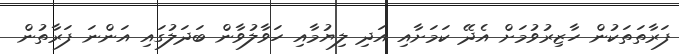
ފަރާތަތަކުން ހާޒިރުވުމަށް އެދޭ ކަމަށާއި އަދި ލިޔުމާއި ހަވާލުވާން ބަދަލުގައި އަންނަ ފަރާތުން